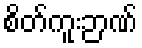
စိတ်ကူးဉာဏ်